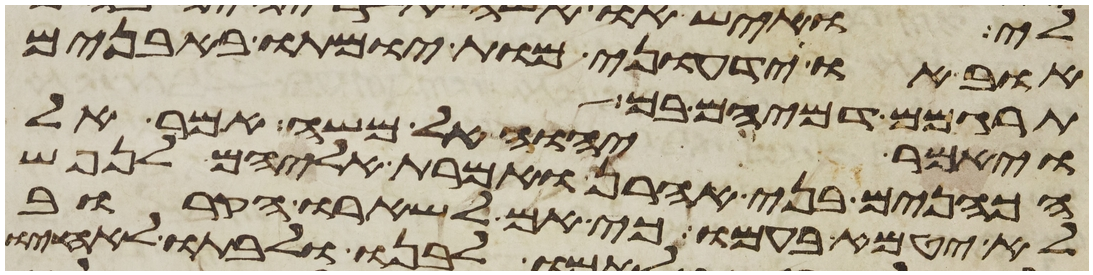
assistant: אוב או ידעוני מות יומתו באבנים
תרגמום דמיהם בם
ויאמר יהוה אל משה אמר אל
הכהנים בני אהרן ואמרת אליהם לנפש
לא יטמא בעמו כי אם לשארו הקרוב